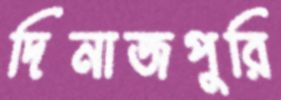
দিনাজপুরি